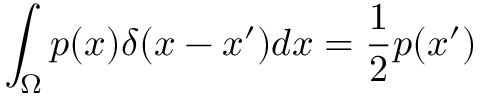
\displaystyle \int _ { \Omega } p ( \boldsymbol { x } ) \delta ( \boldsymbol { x } - \boldsymbol { x } ^ { \prime } ) d \boldsymbol { x } = \frac 1 2 p ( \boldsymbol { x } ^ { \prime } )